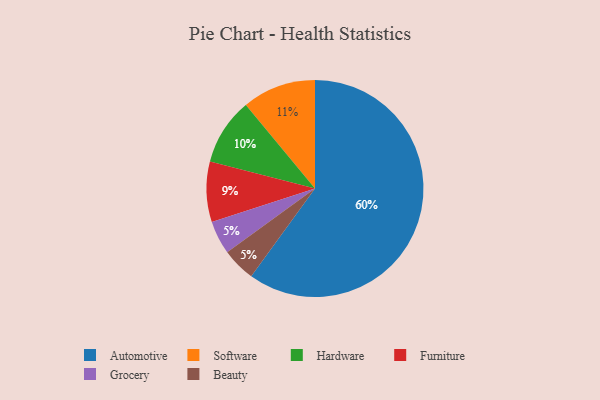
{"axis": {"x": "Category", "y": "Percentage"}, "legend": ["Automotive", "Beauty", "Furniture", "Grocery", "Hardware", "Software"], "data": [{"x": "Software", "y": 11, "type": "Software"}, {"x": "Automotive", "y": 60, "type": "Automotive"}, {"x": "Furniture", "y": 9, "type": "Furniture"}, {"x": "Grocery", "y": 5, "type": "Grocery"}, {"x": "Beauty", "y": 5, "type": "Beauty"}, {"x": "Hardware", "y": 10, "type": "Hardware"}]}